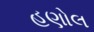
હણોલ